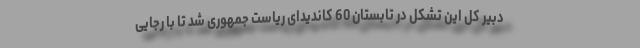
دبیر کل این تشکل در تابستان 60 کاندیدای ریاست جمهوری شد تا با رجایی